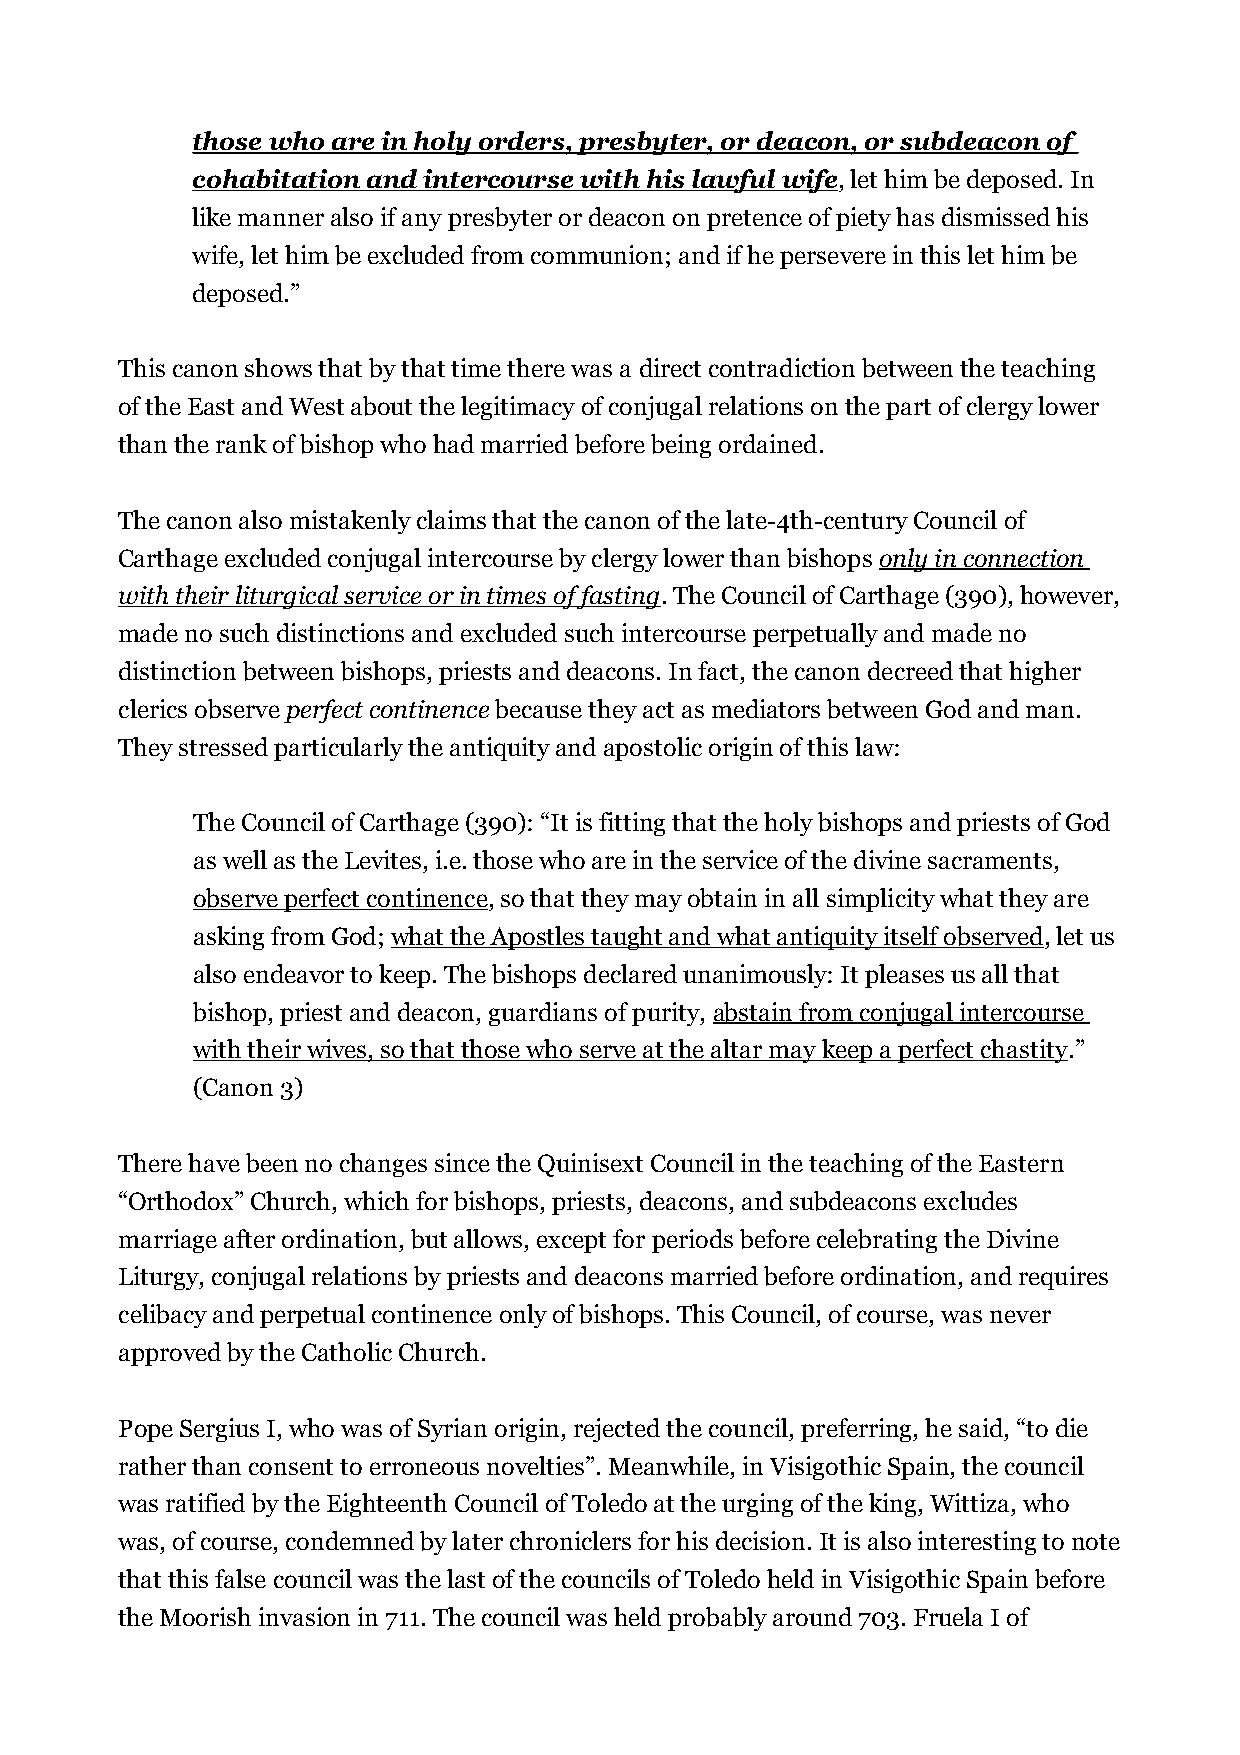
those who are in holy orders, presbyter, or deacon, or subdeacon of
 cohabitation and intercourse with his lawful wife, let him be deposed. In
 like manner also if any presbyter or deacon on pretence of piety has dismissed his
 wife, let him be excluded from communion; and if he persevere in this let him be
 deposed.”
 This canon shows that by that time there was a direct contradiction between the teaching
 of the East and West about the legitimacy of conjugal relations on the part of clergy lower
 than the rank of bishop who had married before being ordained.
 The canon also mistakenly claims that the canon of the late-4th-century Council of
 Carthage excluded conjugal intercourse by clergy lower than bishops only in connection
 with their liturgical service or in times of fasting. The Council of Carthage (390), however,
 made no such distinctions and excluded such intercourse perpetually and made no
 distinction between bishops, priests and deacons. In fact, the canon decreed that higher
 clerics observe perfect continence because they act as mediators between God and man.
 They stressed particularly the antiquity and apostolic origin of this law:
 The Council of Carthage (390): “It is fitting that the holy bishops and priests of God
 as well as the Levites, i.e. those who are in the service of the divine sacraments,
 observe perfect continence, so that they may obtain in all simplicity what they are
 asking from God; what the Apostles taught and what antiquity itself observed, let us
 also endeavor to keep. The bishops declared unanimously: It pleases us all that
 bishop, priest and deacon, guardians of purity, abstain from conjugal intercourse
 with their wives, so that those who serve at the altar may keep a perfect chastity.”
 (Canon 3)
 There have been no changes since the Quinisext Council in the teaching of the Eastern
 “Orthodox” Church, which for bishops, priests, deacons, and subdeacons excludes
 marriage after ordination, but allows, except for periods before celebrating the Divine
 Liturgy, conjugal relations by priests and deacons married before ordination, and requires
 celibacy and perpetual continence only of bishops. This Council, of course, was never
 approved by the Catholic Church.
 Pope Sergius I, who was of Syrian origin, rejected the council, preferring, he said, “to die
 rather than consent to erroneous novelties”. Meanwhile, in Visigothic Spain, the council
 was ratified by the Eighteenth Council of Toledo at the urging of the king, Wittiza, who
 was, of course, condemned by later chroniclers for his decision. It is also interesting to note
 that this false council was the last of the councils of Toledo held in Visigothic Spain before
 the Moorish invasion in 711. The council was held probably around 703. Fruela I of